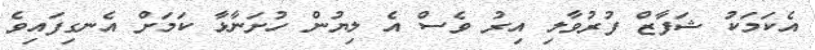
އެކަމަކު ޝަފާޒް ފުރުވާލި އިރު ވެސް އެ ލިޔުން ހުށަނާޅާ ކަމަށް އެނގިފައިވެ